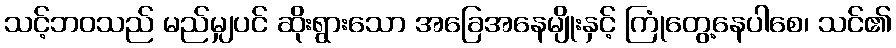
သင့်ဘဝသည် မည်မျှပင် ဆိုးရွားသော အခြေအနေမျိုးနှင့် ကြုံတွေ့နေပါစေ၊ သင်၏